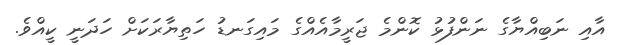
އާއި ނަބިއްޔާގެ ނަންފުޅު ކޮންމެ ޖަރީމާއެއްގެ މައިގަނޑު ހަތިޔާރަކަށް ހަދަނީ ކީއްވެ.